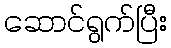
ဆောင်ရွက်ပြီး